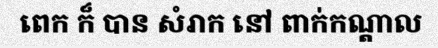
ពេក ក៏ បាន សំរាក នៅ ពាក់កណ្តាល